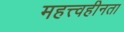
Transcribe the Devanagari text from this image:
महत्त्वहीनता